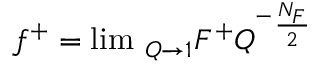
f ^ { + } = \operatorname * { l i m } \, _ { Q \rightarrow 1 } F ^ { + } Q ^ { ^ { - } \frac { N _ { F } } 2 }